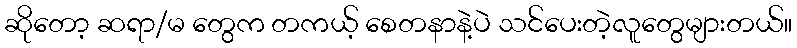
ဆိုတော့ ဆရာ/မ တွေက တကယ့် စေတနာနဲ့ပဲ သင်ပေးတဲ့လူတွေများတယ်။